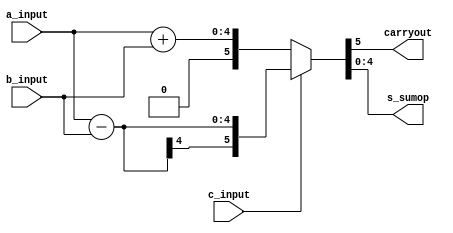
module TESTASSN2(a_input,b_input,c_input,carryout, s_sumop);
input [3:0] a_input,b_input;
input c_input;
output reg[4:0] s_sumop;
output reg carryout;
   
      always@(a_input,b_input,c_input)
             begin 
                 if(c_input)
                  {carryout,s_sumop}=a_input-b_input;
                 else
                   {carryout,s_sumop}=a_input+b_input;
            end
				
endmodule